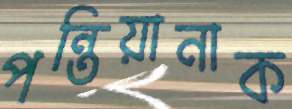
পন্তিয়ানাক